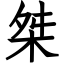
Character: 桀